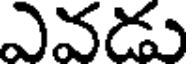
ఎవడు